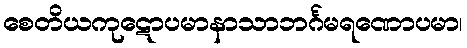
စေတိယကုဋောပမာနာသာဘင်္ဂမရဏောပမာ၊